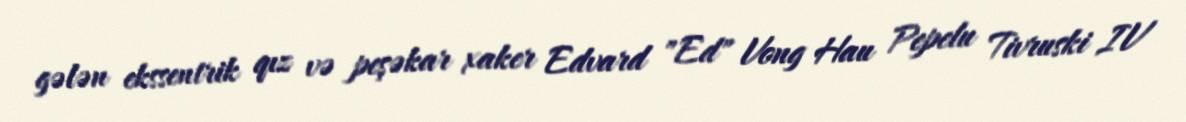
gələn ekssentrik qız və peşəkar xaker Edvard "Ed" Vong Hau Pepelu Tivruski IV